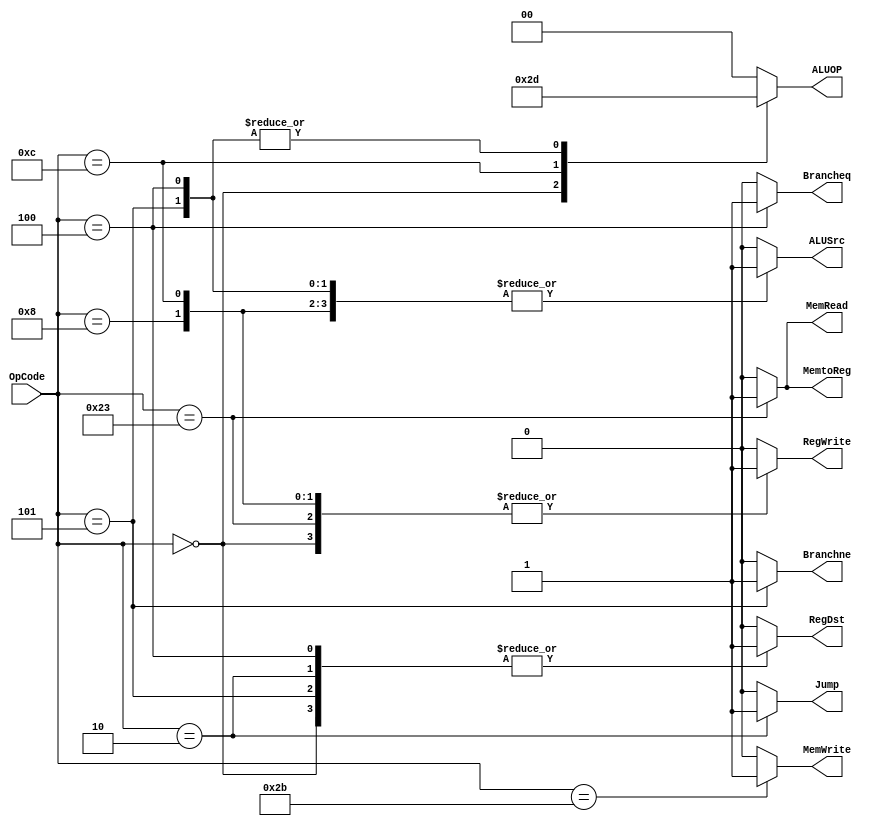
`ifndef MODULE_CONTROL
`define MODULE_CONTROL
`timescale 1ns / 1ps

module Control(
    input [5:0] OpCode,
    output reg RegWrite,
    output reg MemtoReg,
    output reg MemWrite,
    output reg MemRead,
    output reg [1:0] ALUOP,
    output reg RegDst,
    output reg ALUSrc,
    output reg Jump,
    output reg Brancheq,
    output reg Branchne
    );

    initial begin
       RegWrite = 1'b0;
       MemtoReg = 1'b0;
       MemWrite = 1'b0;
       MemRead = 1'b0;
       ALUOP = 2'b00;
       RegDst = 1'b0;
       ALUSrc = 1'b0;
       Jump = 1'b0;
       Brancheq = 1'b0;
       Branchne  = 1'b0;
    end

    always @ (OpCode) begin
        case (OpCode)

            //R-type
            6'b000000: begin
            RegWrite <= 1'b1;
            MemtoReg <= 1'b0;
            MemWrite <= 1'b0;
            MemRead <= 1'b0;
            ALUOP <= 2'b10;
            RegDst <= 1'b1;
            ALUSrc <= 1'b0;
            Jump <= 1'b0;
            Brancheq <= 1'b0;
            Branchne  <= 1'b0;
            end

            //lw
            6'b100011:begin
            RegWrite <= 1'b1;
            MemtoReg <= 1'b1;
            MemWrite <= 1'b0;
            MemRead <= 1'b1;
            ALUOP <= 2'b00;
            RegDst <= 1'b0;
            ALUSrc <= 1'b1;
            Jump <= 1'b0;
            Brancheq <= 1'b0;
            Branchne  <= 1'b0;
            end

            //sw
            6'b101011:begin
            RegWrite <= 1'b0;
            MemtoReg <= 1'b0;
            MemWrite <= 1'b1;
            MemRead <= 1'b0;
            ALUOP <= 2'b00;
            RegDst <= 1'b0;
            ALUSrc <= 1'b1;
            Jump <= 1'b0;
            Brancheq <= 1'b0;
            Branchne  <= 1'b0;
            end

            //addi
            6'b001000:begin
            RegWrite <= 1'b1;
            MemtoReg <= 1'b0;
            MemWrite <= 1'b0;
            MemRead <= 1'b0;
            ALUOP <= 2'b00;
            RegDst <= 1'b0;
            ALUSrc <= 1'b1;
            Jump <= 1'b0;
            Brancheq <= 1'b0;
            Branchne  <= 1'b0;
            end

            //andi
            6'b001100:begin
            RegWrite <= 1'b1;
            MemtoReg <= 1'b0;
            MemWrite <= 1'b0;
            MemRead <= 1'b0;
            ALUOP <= 2'b11;
            RegDst <= 1'b0;
            ALUSrc <= 1'b1;
            Jump <= 1'b0;
            Brancheq <= 1'b0;
            Branchne  <= 1'b0;
            end

            //beq
            6'b000100:begin
            RegWrite <= 1'b0;
            MemtoReg <= 1'b0;
            MemWrite <= 1'b0;
            MemRead <= 1'b0;
            ALUOP <= 2'b01;
            RegDst <= 1'b1;
            ALUSrc <= 1'b1;
            Jump <= 1'b0;
            Brancheq <= 1'b1;
            Branchne  <= 1'b0;
            end

            //bne
            6'b000101:begin
            RegWrite <= 1'b0;
            MemtoReg <= 1'b0;
            MemWrite <= 1'b0;
            MemRead <= 1'b0;
            ALUOP <= 2'b01;
            RegDst <= 1'b1;
            ALUSrc <= 1'b1;
            Jump <= 1'b0;
            Brancheq <= 1'b0;
            Branchne  <= 1'b1;
            end

            //jump
            6'b000010:begin
            RegWrite <= 1'b0;
            MemtoReg <= 1'b0;
            MemWrite <= 1'b0;
            MemRead <= 1'b0;
            ALUOP <= 2'b00;
            RegDst <= 1'b1;
            ALUSrc <= 1'b0;
            Jump <= 1'b1;
            Brancheq <= 1'b0; 
            Branchne  <= 1'b0;
            end

            default:begin
            RegWrite <= 1'b0;
            MemtoReg <= 1'b0;
            MemWrite <= 1'b0;
            MemRead <= 1'b0;
            ALUOP <= 2'b00;
            RegDst <= 1'b0;
            ALUSrc <= 1'b0;
            Jump <= 1'b0;
            Brancheq <= 1'b0;
            Branchne  <= 1'b0;
            end
        endcase
    end
endmodule
`endif